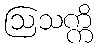
ဩသက္ကိ